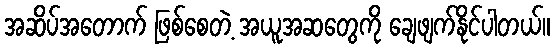
အဆိပ်အတောက် ဖြစ်စေတဲ့ အယူအဆတွေကို ချေဖျက်နိုင်ပါတယ်။